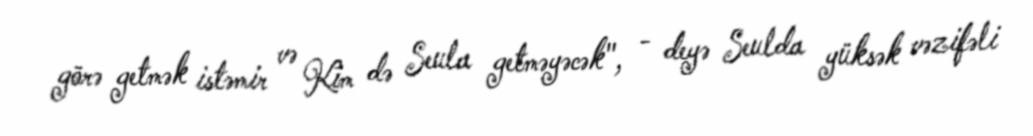
görə getmək istəmir və Kim də Seula getməyəcək", - deyə Seulda yüksək vəzifəli